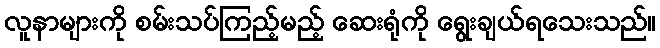
လူနာများကို စမ်းသပ်ကြည့်မည့် ဆေးရုံကို ရွေးချယ်ရသေးသည်။